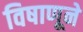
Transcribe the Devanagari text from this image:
विषाणूने